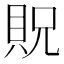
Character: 貺